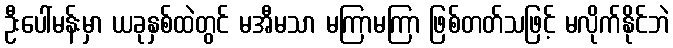
ဦးပေါ်မန်းမှာ ယခုနှစ်ထဲတွင် မအီမသာ မကြာမကြာ ဖြစ်တတ်သဖြင့် မလိုက်နိုင်ဘဲ